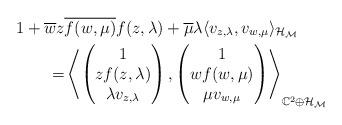
LaTeX: \begin{align*}1+\overline{w}z&\overline{f(w,\mu)}f(z,\lambda)+\overline{\mu}\lambda\langle v_{z,\lambda}, v_{w,\mu}\rangle_{\cal{H}_M}\\=&\left\langle\begin{pmatrix} 1\\ zf(z,\lambda)\\ \lambda v_{z,\lambda}\end{pmatrix},\begin{pmatrix} 1\\ wf(w,\mu) \\ \mu v_{w,\mu}\end{pmatrix}\right\rangle_{\mathbb{C}^2\oplus\cal{H}_M}\end{align*}